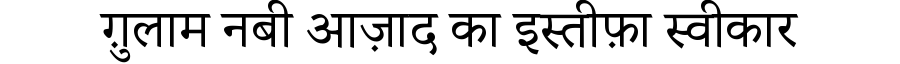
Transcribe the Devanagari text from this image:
ग़ुलाम नबी आज़ाद का इस्तीफ़ा स्वीकार